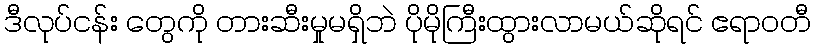
ဒီလုပ်ငန်း တွေကို တားဆီးမှုမရှိဘဲ ပိုမိုကြီးထွားလာမယ်ဆိုရင် ဧရာဝတီ